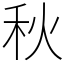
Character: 秋